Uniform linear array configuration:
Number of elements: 16
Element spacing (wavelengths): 0.75
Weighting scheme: cosine
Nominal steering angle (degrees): -60
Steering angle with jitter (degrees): -59.684
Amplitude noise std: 0.05
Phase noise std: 0.05

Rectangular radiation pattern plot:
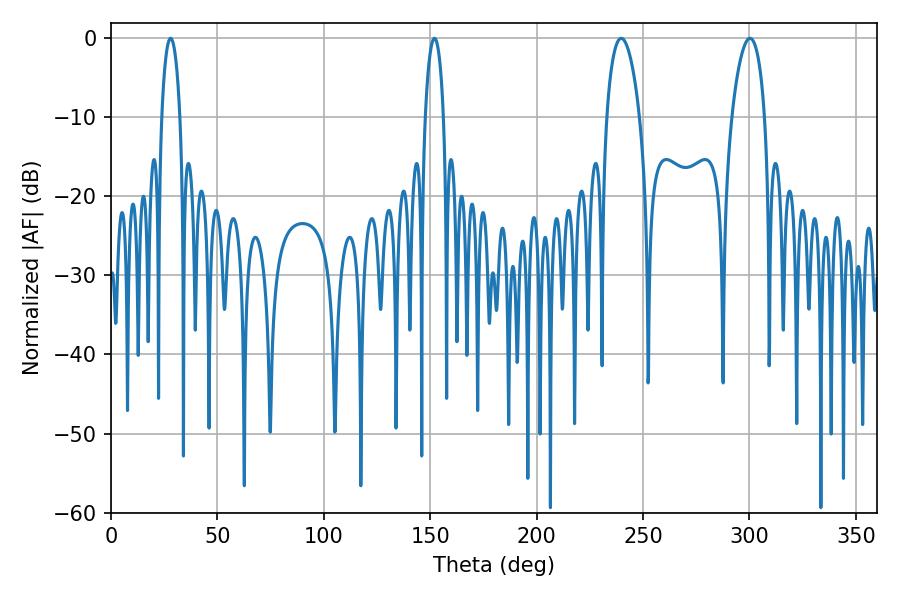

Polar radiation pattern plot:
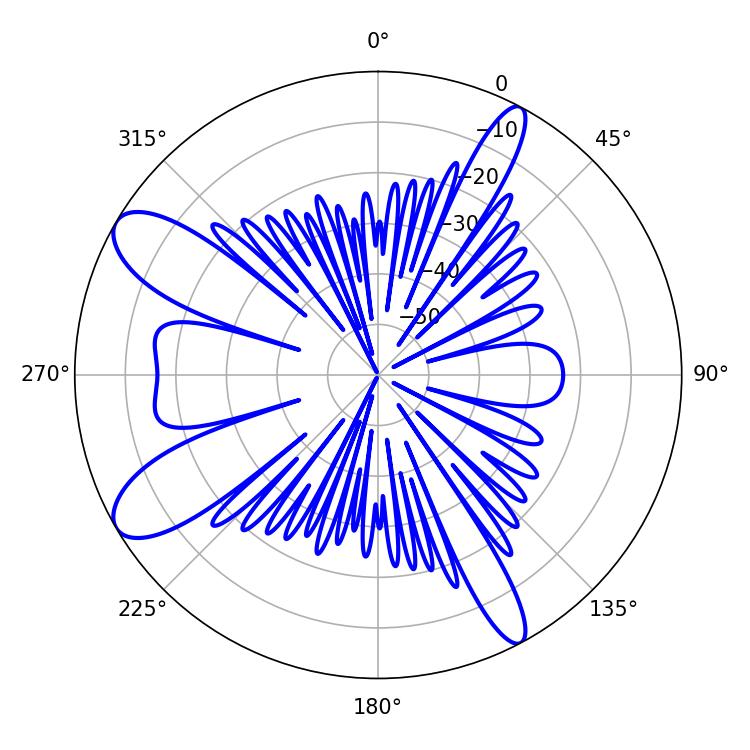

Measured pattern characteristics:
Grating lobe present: TRUE
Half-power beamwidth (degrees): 8.82
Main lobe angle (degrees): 239.76